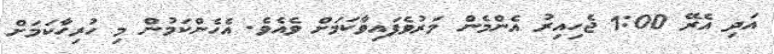
އަދި އެރޭ 1:00 ޖެހިއިރު އެންމެން މަރުވެފައިވާކަމަށް ވެއެވެ. އެހެންކަމުން މި ހުރިހާކަމަށް